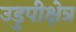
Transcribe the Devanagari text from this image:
उडुपीक्षेत्र